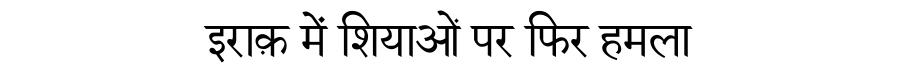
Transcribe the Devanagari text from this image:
इराक़ में शियाओं पर फिर हमला